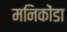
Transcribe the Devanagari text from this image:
मनिकोंडा